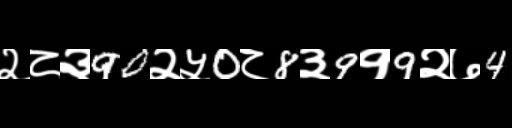
Text: २८३90२५0८8३9१9२७4